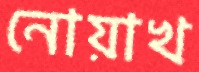
নোয়াখ